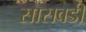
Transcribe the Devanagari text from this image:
सासवडी